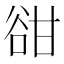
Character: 𧮳